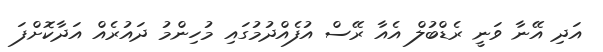
އަދި އޭނާ ވަނީ ރެޑްބުލް އެއާ ރޭސް އުފެއްދުމުގައި މުހިންމު ދައުރެއް އަދާކޮށްފަ